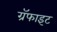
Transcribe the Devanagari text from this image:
ग्रॅफाइट